Indian journal of veterinary science and animal husbandry - Volumes 18-21, 1948-1951
Year: 1948
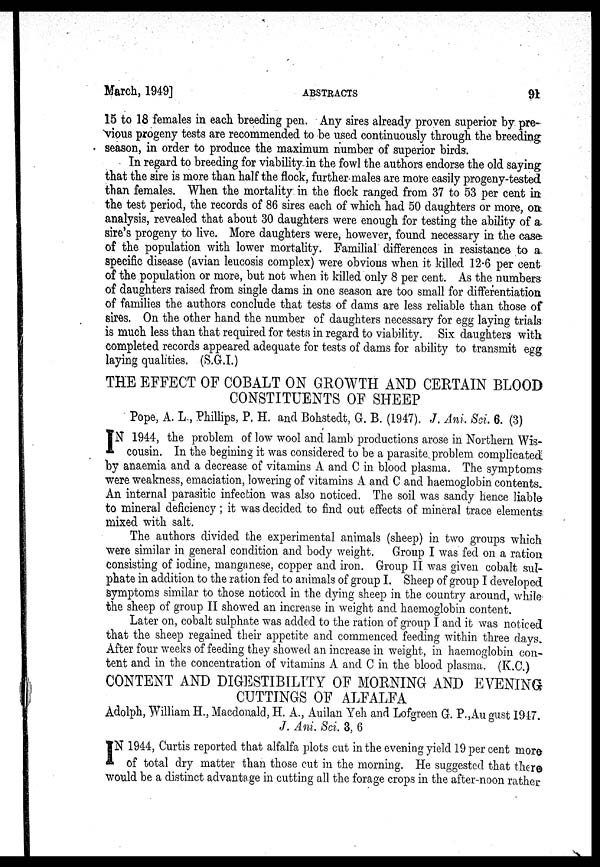
March, 1949]
ABSTRACTS
91
15 to 18 females in each breeding pen. Any sires already proven superior by pre-
vious progeny tests are recommended to be used continuously through the breeding
season, in order to produce the maximum number of superior birds.
In regard to breeding for viability in the fowl the authors endorse the old saying
that the sire is more than half the flock, further males are more easily progeny-tested
than females. When the mortality in the flock ranged from 37 to 53 per cent in
the test period, the records of 86 sires each of which had 50 daughters or more, on
analysis, revealed that about 30 daughters were enough for testing the ability of a
sire's progeny to live. More daughters were, however, found necessary in the case
of the population with lower mortality. Familial differences in resistance to a
specific disease (avian leucosis complex) were obvious when it killed 12.6 per cent
of the population or more, but not when it killed only 8 per cent. As the numbers
of daughters raised from single dams in one season are too small for differentiation
of families the authors conclude that tests of dams are less reliable than those of
sires. On the other hand the number of daughters necessary for egg laying trials
is much less than that required for tests in regard to viability. Six daughters with
completed records appeared adequate for tests of dams for ability to transmit egg
laying qualities. (S.G.I.)
THE EFFECT OF COBALT ON GROWTH AND CERTAIN BLOOD
CONSTITUENTS OF SHEEP
Pope, A. L, Phillips, P. H. and Bohstedt, G. B. (1947). J. Ani. Sci. 6. (3)
I N 1944, the problem of low wool and lamb productions arose in Northern Wis-
cousin. In the begining it was considered to be a parasite problem complicated
by anaemia and a decrease of vitamins A and C in blood plasma. The symptoms
were weakness, emaciation, lowering of vitamins A and C and haemoglobin contents.
An internal parasitic infection was also noticed. The soil was sandy hence liable
to mineral deficiency; it was decided to find out effects of mineral trace elements
mixed with salt.
The authors divided the experimental animals (sheep) in two groups which
were similar in general condition and body weight. Group I was fed on a ration
consisting of iodine, manganese, copper and iron. Group II was given cobalt sul-
phate in addition to the ration fed to animals of group I. Sheep of group I developed
symptoms similar to those noticed in the dying sheep in the country around, while
the sheep of group II showed an increase in weight and haemoglobin content.
Later on, cobalt sulphate was added to the ration of group I and it was noticed
that the sheep regained their appetite and commenced feeding within three days.
After four weeks of feeding they showed an increase in weight, in haemoglobin con-
tent and in the concentration of vitamins A and C in the blood plasma. (K.C.)
CONTENT AND DIGESTIBILITY OF MORNING AND EVENING
CUTTINGS OF ALFALFA
Adolph, William H., Macdonald, H. A., Auilan Yeh and Lofgreen G. P.,August 1947.
J. Ani. Sci. 3, 6
I N 1944, Curtis reported that alfalfa plots cut in the evening yield 19 per cent more
of total dry matter than those cut in the morning. He suggested that there
would be a distinct advantage in cutting all the forage crops in the after-noon rather